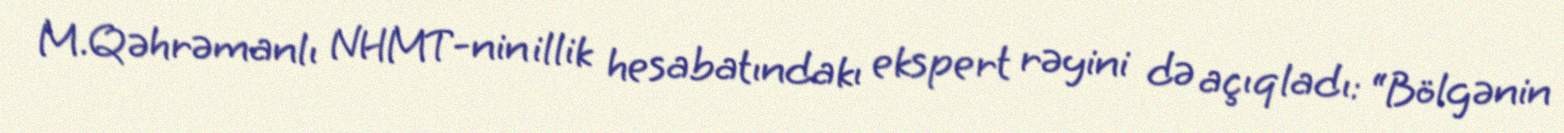
M.Qəhrəmanlı NHMT-nin illik hesabatındakı ekspert rəyini də açıqladı: “Bölgənin